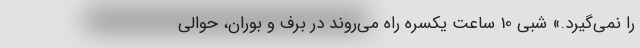
را نمي‌گيرد.» شبي 10 ساعت يكسره راه مي‌روند در برف و بوران، حوالي